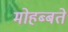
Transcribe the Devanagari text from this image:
मोहब्बते